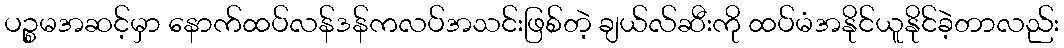
ပဉ္စမအဆင့်မှာ နောက်ထပ်လန်ဒန်ကလပ်အသင်းဖြစ်တဲ့ ချယ်လ်ဆီးကို ထပ်မံအနိုင်ယူနိုင်ခဲ့တာလည်း